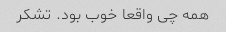
همه چی واقعا خوب بود. تشکر